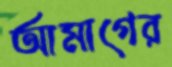
আমাগের